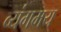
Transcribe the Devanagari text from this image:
व्यंगमय